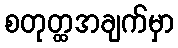
စတုတ္ထအချက်မှာ